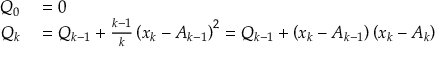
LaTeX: \begin{array} { r l } { Q _ { 0 } } & { { } = 0 } \\ { Q _ { k } } & { { } = Q _ { k - 1 } + { \frac { k - 1 } { k } } \left( x _ { k } - A _ { k - 1 } \right) ^ { 2 } = Q _ { k - 1 } + \left( x _ { k } - A _ { k - 1 } \right) \left( x _ { k } - A _ { k } \right) } \end{array}